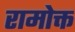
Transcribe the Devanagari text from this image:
रामोक्त